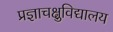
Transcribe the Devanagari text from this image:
प्रज्ञाचक्षुविद्यालय